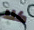
كلا